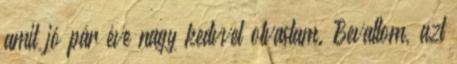
amit jó pár éve nagy kedvvel olvastam. Bevallom, azt